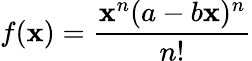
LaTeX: f(\mathbf{x})={\frac{{\mathbf{x}^{n}(a-b\mathbf{x})^{n}}}{{n!}}}